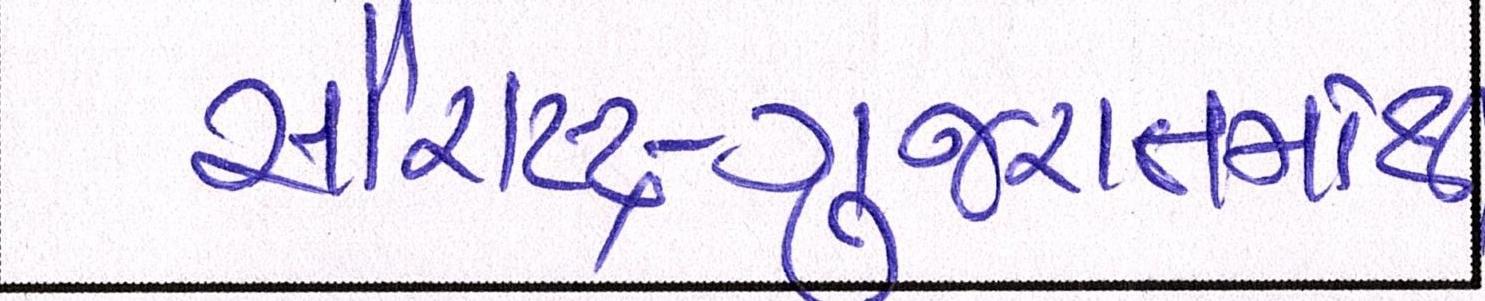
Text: સૌરાષ્ટ્ર-ગુજરાતમાંથી